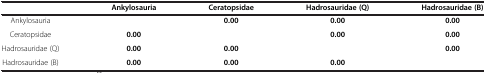
|  | Ankylosauria | Ceratopsidae | Hadrosauridae (Q) | Hadrosauridae (B) |
 | --- | --- | --- | --- | --- |
 | Ankylosauria |  | 0.00 | 0.00 | 0.00 |
 | Ceratopsidae | 0.00 |  | 0.00 | 0.00 |
 | Hadrosauridae (Q) | 0.00 | 0.00 |  | 0.00 |
 | Hadrosauridae (B) | 0.00 | 0.00 | 0.00 |  |